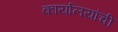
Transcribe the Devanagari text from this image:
कार्यालयांची